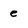
Character: e